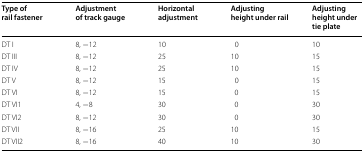
<table><thead><tr><td><b>Type of rail fastener</b></td><td><b>Adjustment of track gauge</b></td><td><b>Horizontal adjustment</b></td><td><b>Adjusting height under rail</b></td><td><b>Adjusting height under tie plate</b></td></tr></thead><tbody><tr><td>DT I</td><td>8, −12</td><td>10</td><td>0</td><td>10</td></tr><tr><td>DT III</td><td>8, −12</td><td>25</td><td>10</td><td>15</td></tr><tr><td>DT IV</td><td>8, −12</td><td>25</td><td>10</td><td>15</td></tr><tr><td>DT V</td><td>8, −12</td><td>15</td><td>0</td><td>15</td></tr><tr><td>DT VI</td><td>8, −12</td><td>15</td><td>0</td><td>15</td></tr><tr><td>DT VI1</td><td>4, −8</td><td>30</td><td>0</td><td>30</td></tr><tr><td>DT VI2</td><td>8, −12</td><td>30</td><td>0</td><td>30</td></tr><tr><td>DT VII</td><td>8, −16</td><td>25</td><td>10</td><td>15</td></tr><tr><td>DT VII2</td><td>8, −16</td><td>40</td><td>10</td><td>30</td></tr></tbody></table>